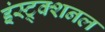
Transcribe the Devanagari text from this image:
इंस्ट्र्क्शनल